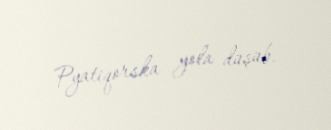
Pyatiqorska yola düşüb.